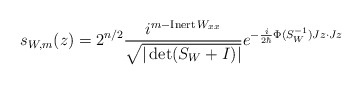
\begin{align*}s_{W,m}(z)=2^{n/2}\frac{i^{m-\operatorname*{Inert}W_{xx}}}{\sqrt{|\det(S_{W}+I)|}}e^{-\frac{i}{2\hbar}\Phi(S_{W}^{-1})Jz\cdot Jz} \end{align*}